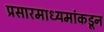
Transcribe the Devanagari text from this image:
प्रसारमाध्यमांकडून